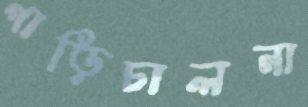
গাড়িচালনা